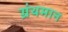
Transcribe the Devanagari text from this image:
ग्रंथमान